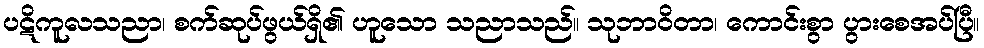
ပဋိကူလသညာ၊ စက်ဆုပ်ဖွယ်ရှိ၏ ဟူသော သညာသည်။ သုဘာဝိတာ၊ ကောင်းစွာ ပွားစေအပ်ပြီ။